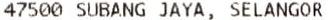
47500 SUBANG JAYA, SELANGOR